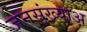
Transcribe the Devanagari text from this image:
जनसंख्याअ